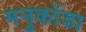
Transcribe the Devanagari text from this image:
मनुकोंडा